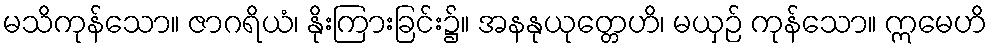
မသိကုန်သော။ ဇာဂရိယံ၊ နိုးကြားခြင်း၌။ အနနုယုတ္တေဟိ၊ မယှဉ် ကုန်သော။ ဣမေဟိ